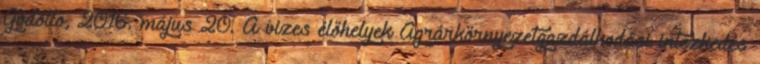
Gödöllő, 2016. május 20. A vizes élőhelyek Agrárkörnyezetgazdálkodási intézkedés